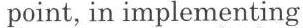
point, in implementing